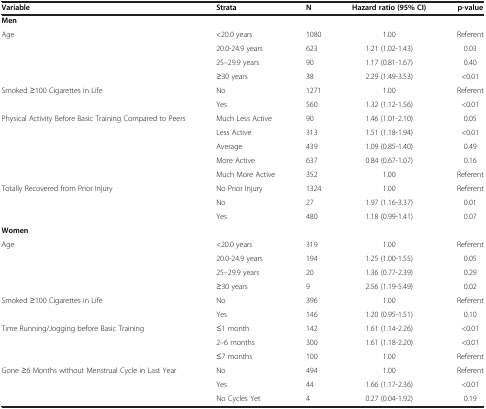
<table><thead><tr><td><b>Variable</b></td><td><b>Strata</b></td><td><b>N</b></td><td><b>Hazard ratio (95% CI)</b></td><td><b>p-value</b></td></tr></thead><tbody><tr><td colspan="5"><b>Men</b></td></tr><tr><td rowspan="4">Age</td><td>&lt;20.0 years</td><td>1080</td><td>1.00</td><td>Referent</td></tr><tr><td>20.0-24.9 years</td><td>623</td><td>1.21 (1.02-1.43)</td><td>0.03</td></tr><tr><td>25–29.9 years</td><td>90</td><td>1.17 (0.81-1.67)</td><td>0.40</td></tr><tr><td>≥30 years</td><td>38</td><td>2.29 (1.49-3.53)</td><td>&lt;0.01</td></tr><tr><td rowspan="2">Smoked ≥100 Cigarettes in Life</td><td>No</td><td>1271</td><td>1.00</td><td>Referent</td></tr><tr><td>Yes</td><td>560</td><td>1.32 (1.12-1.56)</td><td>&lt;0.01</td></tr><tr><td rowspan="5">Physical Activity Before Basic Training Compared to Peers</td><td>Much Less Active</td><td>90</td><td>1.46 (1.01-2.10)</td><td>0.05</td></tr><tr><td>Less Active</td><td>313</td><td>1.51 (1.18-1.94)</td><td>&lt;0.01</td></tr><tr><td>Average</td><td>439</td><td>1.09 (0.85-1.40)</td><td>0.49</td></tr><tr><td>More Active</td><td>637</td><td>0.84 (0.67-1.07)</td><td>0.16</td></tr><tr><td>Much More Active</td><td>352</td><td>1.00</td><td>Referent</td></tr><tr><td rowspan="3">Totally Recovered from Prior Injury</td><td>No Prior Injury</td><td>1324</td><td>1.00</td><td>Referent</td></tr><tr><td>No</td><td>27</td><td>1.97 (1.16-3.37)</td><td>0.01</td></tr><tr><td>Yes</td><td>480</td><td>1.18 (0.99-1.41)</td><td>0.07</td></tr><tr><td colspan="5"><b>Women</b></td></tr><tr><td rowspan="4">Age</td><td>&lt;20.0 years</td><td>319</td><td>1.00</td><td>Referent</td></tr><tr><td>20.0-24.9 years</td><td>194</td><td>1.25 (1.00-1.55)</td><td>0.05</td></tr><tr><td>25–29.9 years</td><td>20</td><td>1.36 (0.77-2.39)</td><td>0.29</td></tr><tr><td>≥30 years</td><td>9</td><td>2.56 (1.19-5.49)</td><td>0.02</td></tr><tr><td rowspan="2">Smoked ≥100 Cigarettes in Life</td><td>No</td><td>396</td><td>1.00</td><td>Referent</td></tr><tr><td>Yes</td><td>146</td><td>1.20 (0.95-1.51)</td><td>0.10</td></tr><tr><td rowspan="3">Time Running/Jogging before Basic Training</td><td>≤1 month</td><td>142</td><td>1.61 (1.14-2.26)</td><td>&lt;0.01</td></tr><tr><td>2–6 months</td><td>300</td><td>1.61 (1.18-2.20)</td><td>&lt;0.01</td></tr><tr><td>≤7 months</td><td>100</td><td>1.00</td><td>Referent</td></tr><tr><td rowspan="3">Gone ≥6 Months without Menstrual Cycle in Last Year</td><td>No</td><td>494</td><td>1.00</td><td>Referent</td></tr><tr><td>Yes</td><td>44</td><td>1.66 (1.17-2.36)</td><td>&lt;0.01</td></tr><tr><td>No Cycles Yet</td><td>4</td><td>0.27 (0.04-1.92)</td><td>0.19</td></tr></tbody></table>